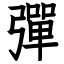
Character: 彈